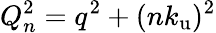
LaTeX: Q_{n}^{2}=q^{2}+(n{k_{\mathrm{u}}})^{2}